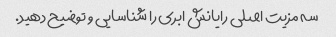
سه مزیت اصلی رایانش ابری را شناسایی و توضیح دهید.